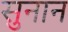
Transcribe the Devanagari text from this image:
सुनान